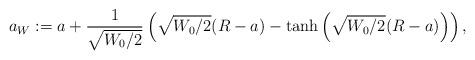
LaTeX: \begin{align*}a_W := a + \frac{1}{\sqrt{W_0/2}}\left(\sqrt{W_0/2}(R-a) - \tanh\left(\sqrt{W_0/2}(R-a)\right)\right),\end{align*}